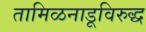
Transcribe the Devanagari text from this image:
तामिळनाडूविरुद्ध